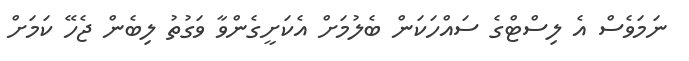
ނަމަވެސް އެ ލިސްޓްގެ ސައްހަކަން ބެލުމަށް އެކަށީގެންވާ ވަގުތު ލިބެން ޖެހޭ ކަމަށް